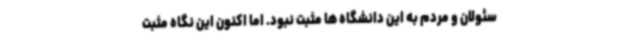
سئولان و مردم به این دانشگاه ها مثبت نبود. اما اکنون این نگاه مثبت